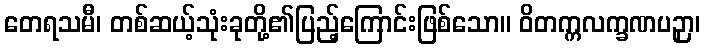
တေရသမီ၊ တစ်ဆယ့်သုံးခုတို့၏ပြည့်ကြောင်းဖြစ်သော။ ဝိတက္ကလက္ခဏပဉှာ၊